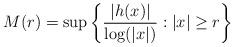
LaTeX: \begin{align*}M(r)=\sup\left\{\frac{|h(x)|}{\log(|x|)}:|x|\ge r\right\}\end{align*}